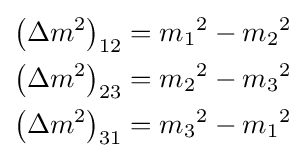
{\begin{aligned}\left(\Delta m^{2}\right)_{12}&={m_{1}}^{2}-{m_{2}}^{2}\\\left(\Delta m^{2}\right)_{23}&={m_{2}}^{2}-{m_{3}}^{2}\\\left(\Delta m^{2}\right)_{31}&={m_{3}}^{2}-{m_{1}}^{2}\end{aligned}}